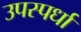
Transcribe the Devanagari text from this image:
उपस्पर्धा